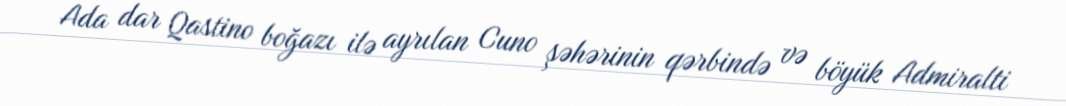
Ada dar Qastino boğazı ilə ayrılan Cuno şəhərinin qərbində və böyük Admiralti